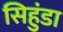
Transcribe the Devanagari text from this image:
सिहुंडा